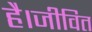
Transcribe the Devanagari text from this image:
है।जीवित